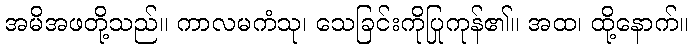
အမိအဖတို့သည်။ ကာလမကံသု၊ သေခြင်းကိုပြုကုန်၏။ အထ၊ ထို့နောက်။